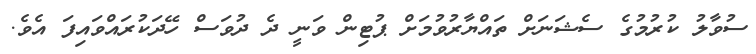
ސުވާލު ކުރުމުގެ ސެޝަނަށް ތައްޔާރުވުމަށް ޕުޓިން ވަނީ ދެ ދުވަސް ހޭދަކުރައްވައިފަ އެވެ.